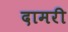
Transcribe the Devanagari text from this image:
दामरी